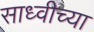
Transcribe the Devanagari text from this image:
साध्वीच्या